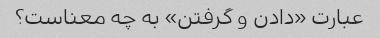
عبارت «دادن و گرفتن» به چه معناست؟